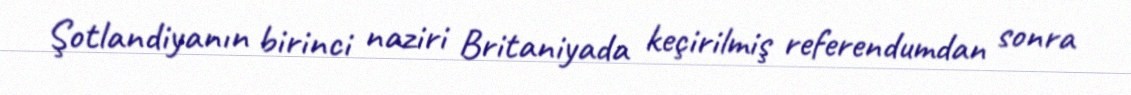
Şotlandiyanın birinci naziri Britaniyada keçirilmiş referendumdan sonra